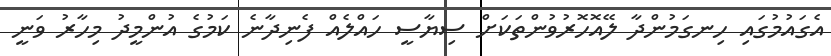
އެގައުމުގައި ހިނގަމުންދާ ލޭއޮހޮރުވުންތަކަށް ސިޔާސީ ހައްލެއް ފެނިދާނެ ކަމުގެ އުންމީދު މިހާރު ވަނީ